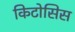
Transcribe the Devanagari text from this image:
किटोसिस